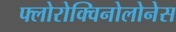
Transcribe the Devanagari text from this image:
फ्लोरोक्विनोलोनेस